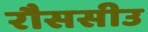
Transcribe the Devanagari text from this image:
रौससीउ